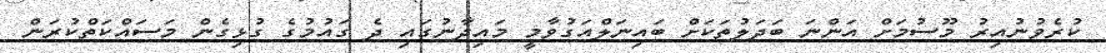
ކުރެވުނުއިރު މޫސުމަށް އަންނަ ބަދަލުތަކަށް ބައިނަލްއަގުވާމީ މައިދާނުގައި ދެ ގައުމުގެ ގުޅިގެން މަސައްކަތްކުރަން